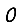
Digit: 0